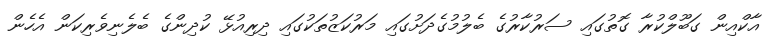
އާކްއިން ގަބޫލްކުރާ ގޮތުގައި ސަރުކާރުގެ ބެލުމުގެދަށުގައި މަރުކަޒުތަކުގައި ދިރިއުޅޭ ކުދިންގެ ބެލެނިވެރިކަން އެހެން